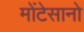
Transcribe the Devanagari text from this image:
मोंटेसानो